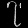
Digit: ၇